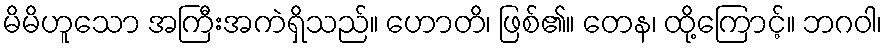
မိမိဟူသော အကြီးအကဲရှိသည်။ ဟောတိ၊ ဖြစ်၏။ တေန၊ ထို့ကြောင့်။ ဘဂဝါ၊